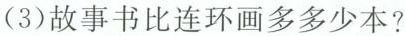
(3)故事书比连环画多多少本?